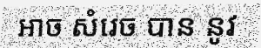
ឤច សំរេច បាន នូវ